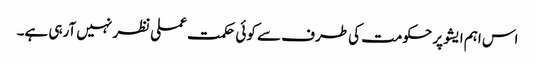
اس اہم ایشو پر حکومت کی طرف سے کوئی حکمت عملی نظر نہیں آرہی ہے۔